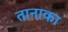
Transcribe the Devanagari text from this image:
तानाका